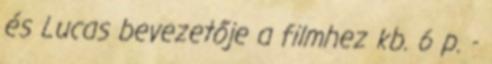
és Lucas bevezetője a filmhez kb. 6 p. -